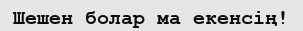
Шешен болар ма екенсің!